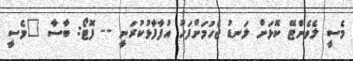
މެސީ ލެވެންޓޭ ކޮޅަށް ލަނޑު ޖެހުމަށްފަހު އުފާފާޅުކުރަނީ -- ފޮޓޯ: ބާސާ "މެސީ